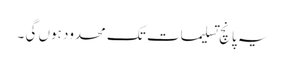
یہ پانچ تسلیمات تک محدود ہوں گی ۔